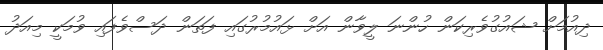
ދިއުމަށް ޝައުގުވެރިކަން ހުންނަ ލީވާން އަށް ޅައުމުރުގައި ފަތަން ދަސްވެފައި ވުމަކީ މިއަދު